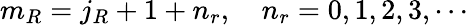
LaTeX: m_{R}=j_{R}+1+n_{r},\quad n_{r}=0,1,2,3,\cdots